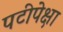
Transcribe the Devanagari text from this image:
पटीपेक्षा